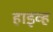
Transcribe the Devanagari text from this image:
हाइव्ह